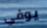
يوفي